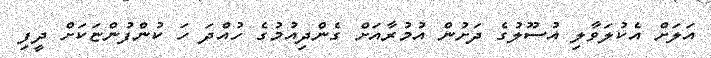
އަލަށް އެކުލަވާލި އުސޫލުގެ ދަށުން އުމުރާއަށް ގެންދިއުމުގެ ހުއްދަ ހަ ކުންފުންޏަކަށް ދީފި